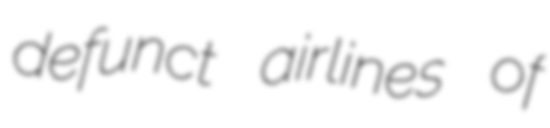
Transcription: defunct airlines of